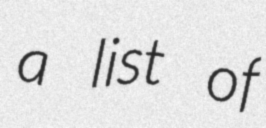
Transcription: a list of